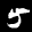
Label: 5